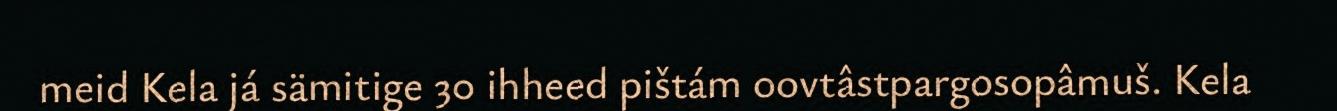
meid Kela já sämitige 30 ihheed pištám oovtâstpargosopâmuš. Kela